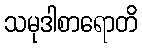
သမုဒါစာရောတိ